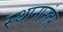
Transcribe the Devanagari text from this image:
स्थानानंतर